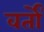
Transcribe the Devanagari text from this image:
वर्तों